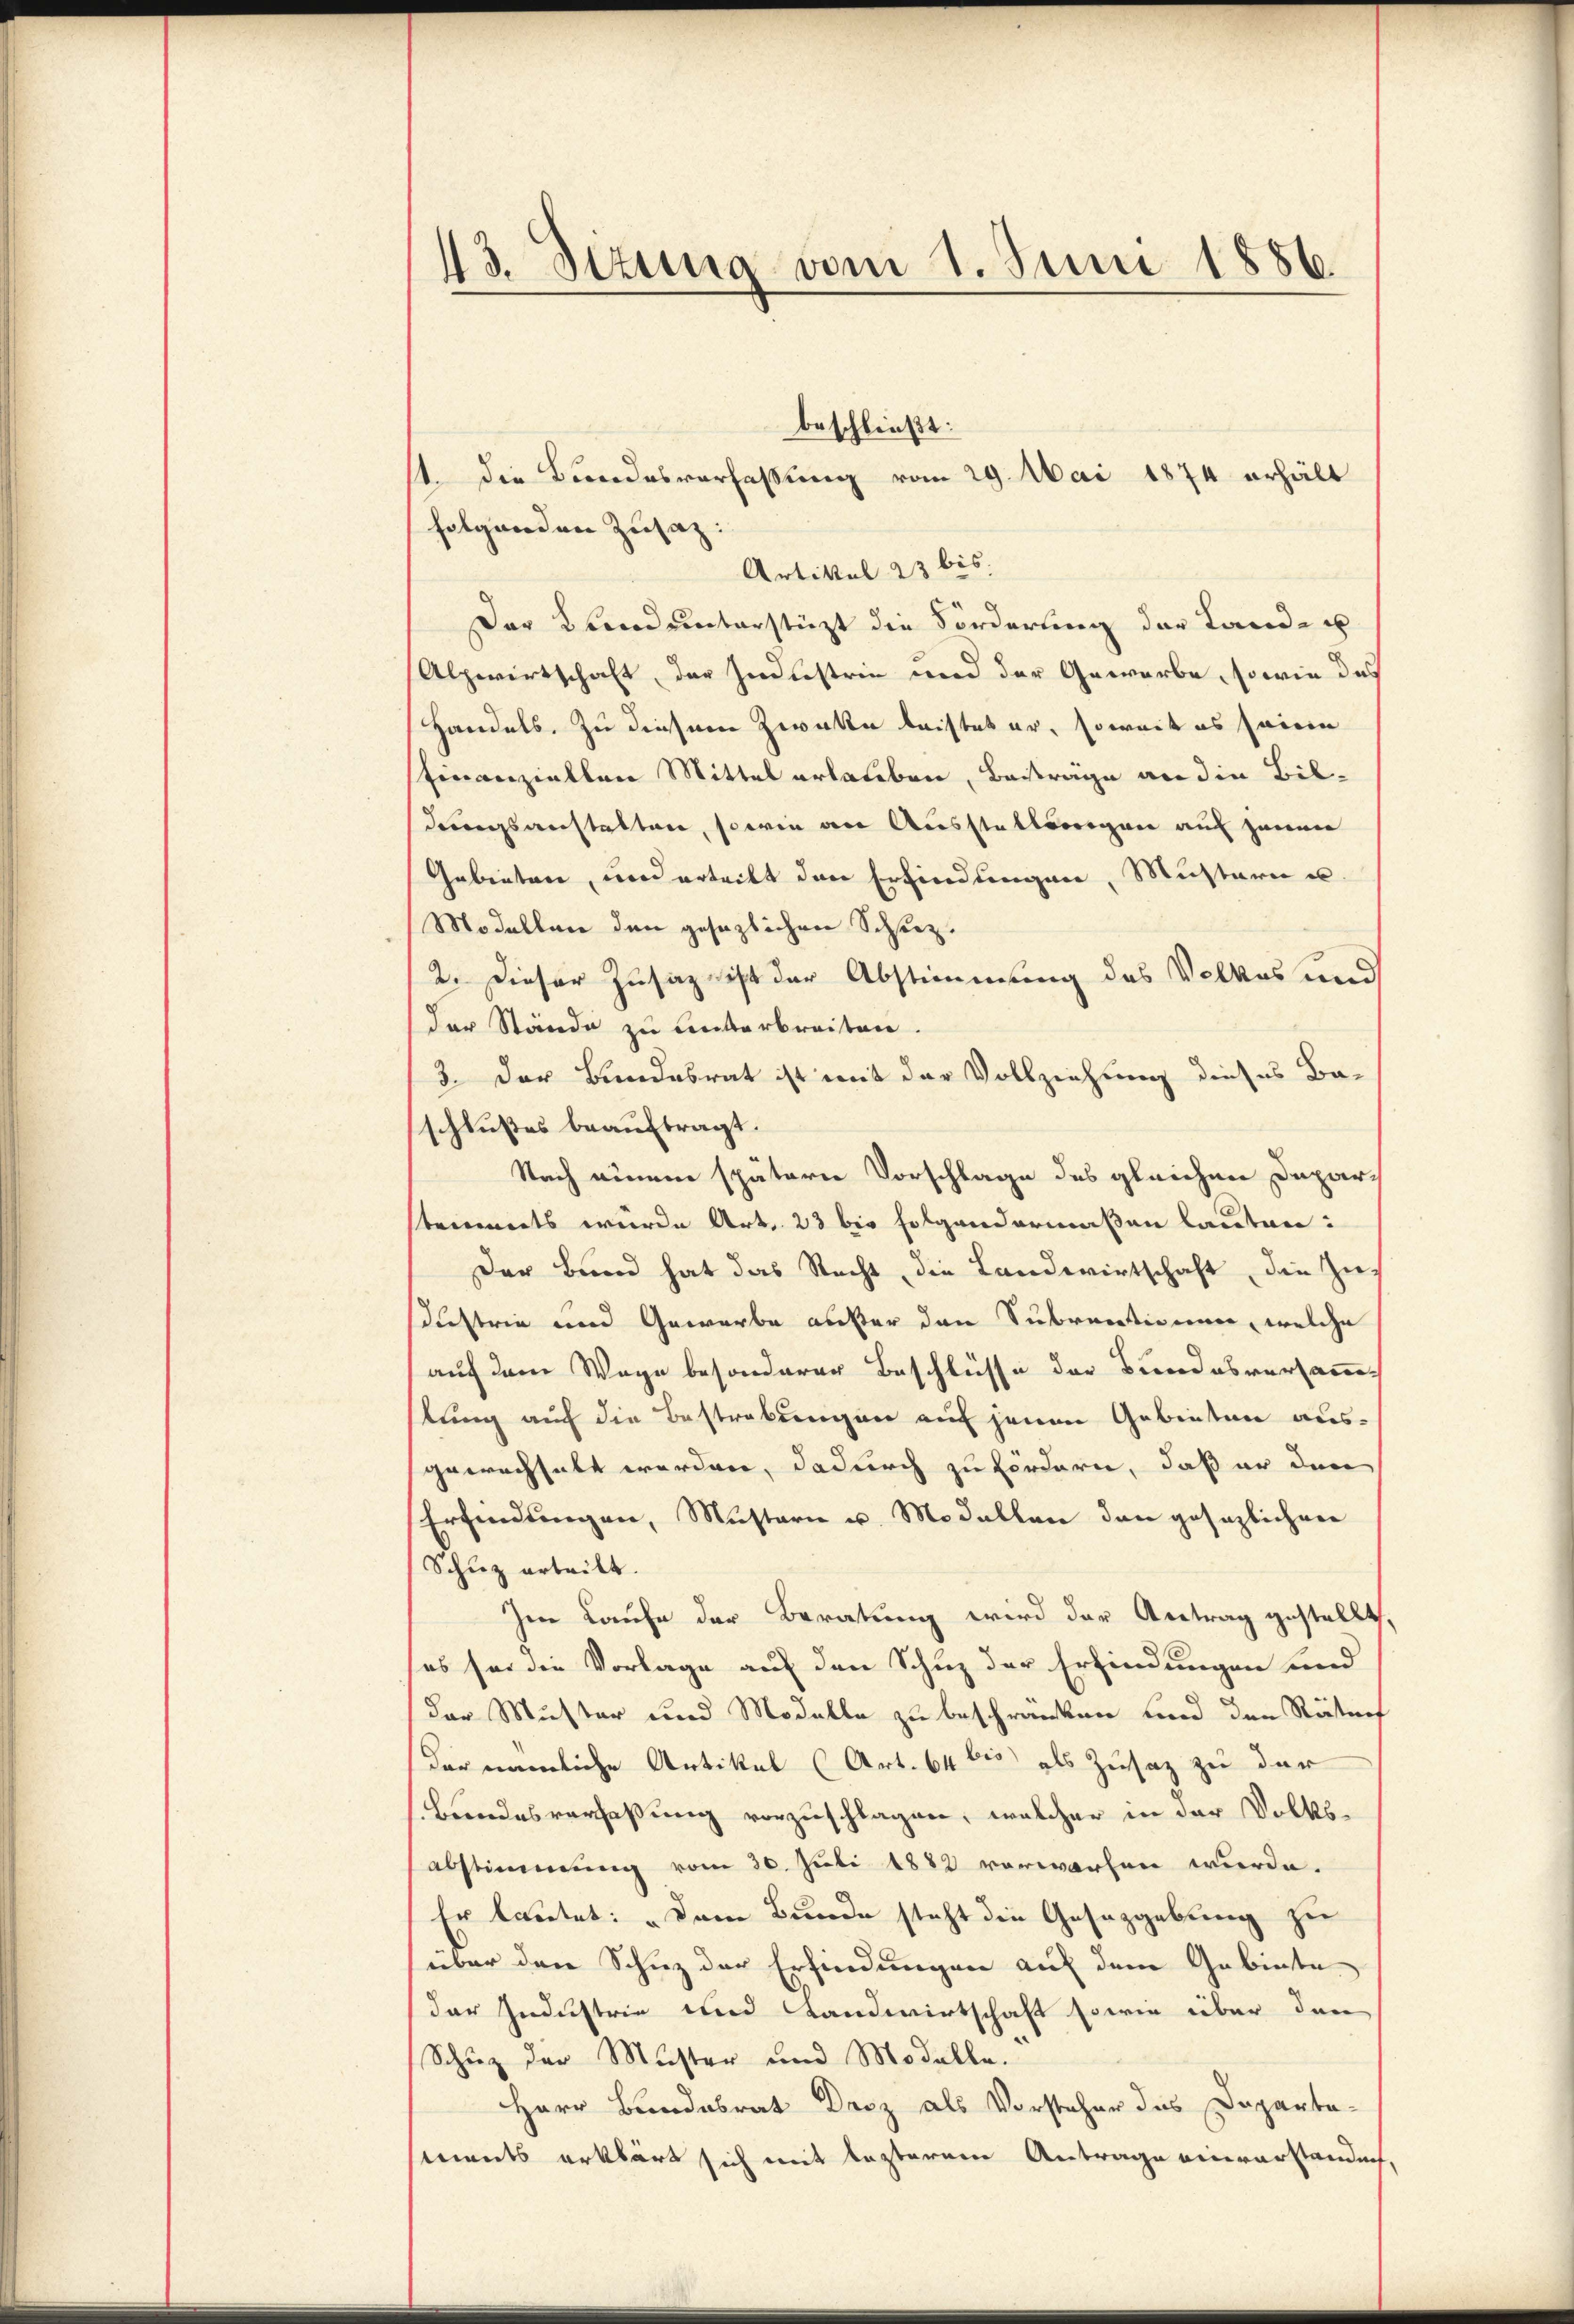
43. Sizung vom 1. Juni 1886.

folgenden Zusatz:
Artikel 23 bis |
Der Krendunterstüzt die Forderung der Land- u
Alpwirtschaft, der Industrie und der Gewerbe, so wie das
Handels. Zu diesem Zwecke leistet er, soweit es seine
Finanziellen Mittel erlauben, Beiträge an die Bildungsanstalten, sowie an Ausstellvorigen auf zweier
Gebieten, und erteilt den Erfindungen, Mustern u.
Modellen den gesezlichen Schutz.
2. Dieser Zusatz sicht der Abstimmung des Volkes und
der Stände zu unterbreiten.
3. Der Bundesrat ist mit der Vollziehung dieses Baschlußes beauftragt.
Nach einem spätern Vorschlage des gleichen Deparstrinnerts wurde Art. 23 bis folgendermaßen lauten:
Der Bund hat das Recht, die Landwirtschaft, die Zu-
dustrie und Gewerbe außer den Subventionen, welche
auf dem Wage besonderer Beschlüsse der Bundesversammes
lung auf die Bestrebungen auf jenen Gebieten ausgewachhalt werden, dadurch zu fördern, daß er den
Erfindungen, Mustern u. Modallen den gesezlichen
Schuz erteilt.
Im Laufe der Beratung wird der Antrag gestellt,
es sei die Vorlage auf den Schuz der Erfindungen und
(der Muster und Modelle zu beschränken und den Räten
der nämliche Artikel (Art. 64 bis als Zusatz zu der
Bundesverfaßung vorzuschlagen, welcher in der Volksabstimmung vom 30. Juli 1882 vorwarten wurde.
Er lautet: „Dem Bunde steht die Gesetzgebung zu
über den Schuz der Erfindungen auf dem Gebiete
der Industrie und Landwirtschaft sowie über den
Schuz der Muster und Modelle.
Herr Bundesrat Droz als Vorsteher des Departa-
ments erklärt sich mit lezterem Antrage einverstanden

beschließt:
1. die Bundesverfaßung vom 29. Mai 1874 erhält